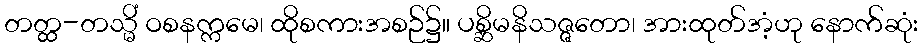
တတ္ထ-တသ္မိံ ဝစနက္ကမေ၊ ထိုစကားအစဉ်၌။ ပစ္ဆိမနိသဇ္ဇတော၊ အားထုတ်အံ့ဟု နောက်ဆုံး